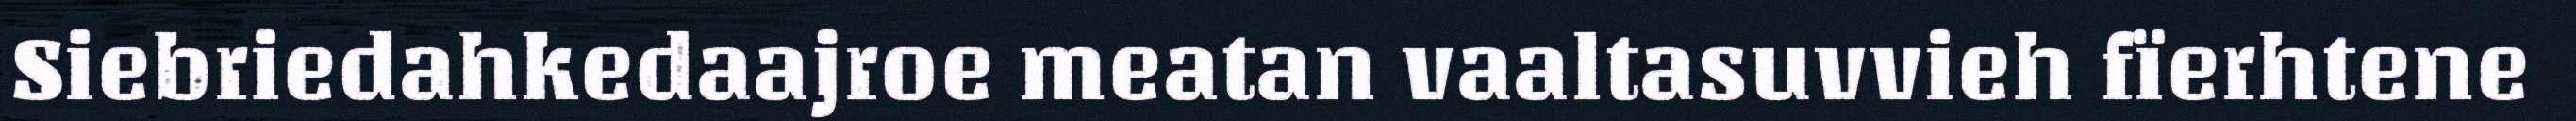
Siebriedahkedaajroe meatan vaaltasuvvieh fïerhtene